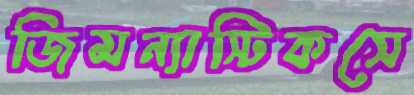
জিমন্যাস্টিকসে